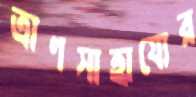
ত্রাণসাহায্যের